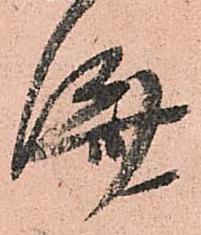
済